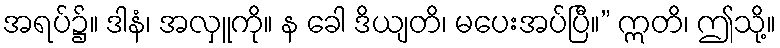
အရပ်၌။ ဒါနံ၊ အလှူကို။ န ခေါ ဒိယျတိ၊ မပေးအပ်ပြီ။” ဣတိ၊ ဤသို့။